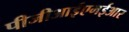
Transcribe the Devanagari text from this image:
पीजीआईएमईआर